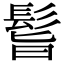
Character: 𩬺